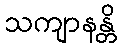
သကျာနန္တိ